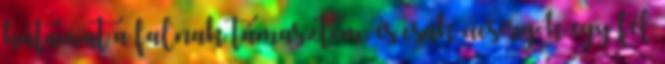
hátamat a falnak támasztom, és csak ücsörgök egy fél